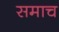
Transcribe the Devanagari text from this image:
समाच